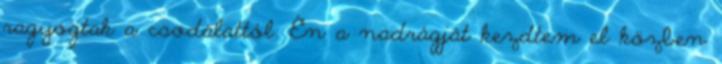
ragyogtak a csodálattól. Én a nadrágját kezdtem el közben